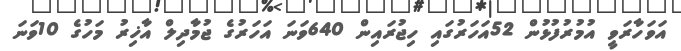
އަވަހާރަވީ އުމުރުފުޅުން 52އަހަރުގައި ހިޖުރައިން 640ވަނަ އަހަރުގެ ޖުމާދިލް އާޚިރު މަހުގެ 10ވަނަ